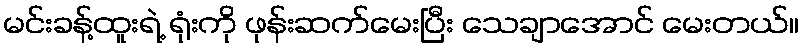
မင်းခန့်ထူးရဲ့ ရုံးကို ဖုန်းဆက်မေးပြီး သေချာအောင် မေးတယ်။